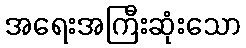
အရေးအကြီးဆုံးသော